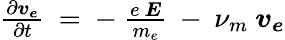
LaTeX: \begin{array}{r}{\frac{\partial\boldsymbol{v_{e}}}{\partial t}\: =\: -\ \frac{e\ \boldsymbol{E}}{m_{e}}\: -\: \nu_{m}\ \boldsymbol{v_{e}}}\end{array}